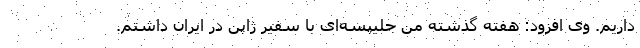
داریم. وی افزود: هفته گذشته من جلیپسه‌ای با سفیر ژاپن در ایران داشتم.